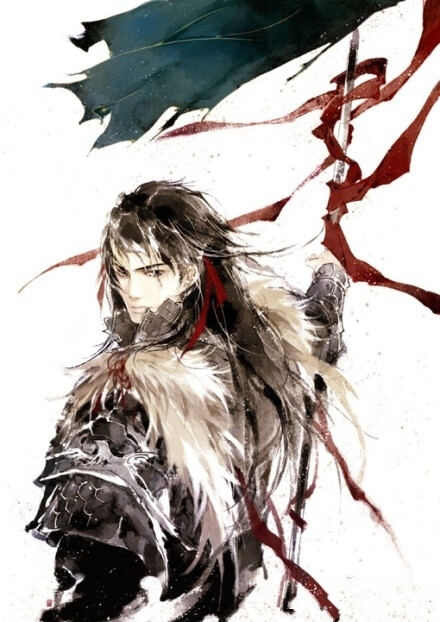
壮志饥餐胡虏肉，笑谈渴饮匈奴血。